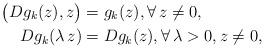
LaTeX: \begin{align*}\big(Dg_ k(z), z\big)&=g_ k(z), \forall \, z\ne 0, \\ Dg_ k(\lambda\, z)&=Dg_ k(z), \forall \, \lambda>0, z\ne 0, \end{align*}